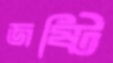
জষ্টি